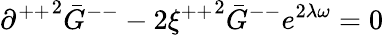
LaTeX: {\partial^{++}}^{2}{\bar{G}}^{--}-2{\xi^{++}}^{2}{\bar{G}}^{--}e^{2\lambda\omega}=0\,